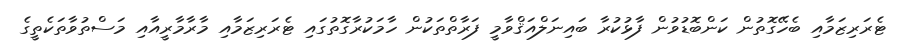
ޓެރަރިޒަމާއި ބެހޭގޮތުން ކަންބޮޑުވުން ފާޅުކުރާ ބައިނަލްއަޤްވާމީ ފަރާތްތަކުން ހާމަކުރާގޮތުގައި ޓެރަރިޒަމާއި މާރާމާރީއާއި މަސްތުވާތަކެތީގެ